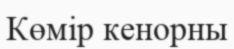
Көмір кенорны